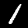
Label: 1